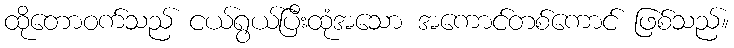
ထိုတောဝက်သည် ငယ်ရွယ်ပြီးထုံအသော အကောင်တစ်ကောင် ဖြစ်သည်။